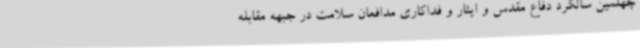
چهلمین سالگرد دفاع مقدس و ایثار و فداکاری مدافعان سلامت در جبهه مقابله